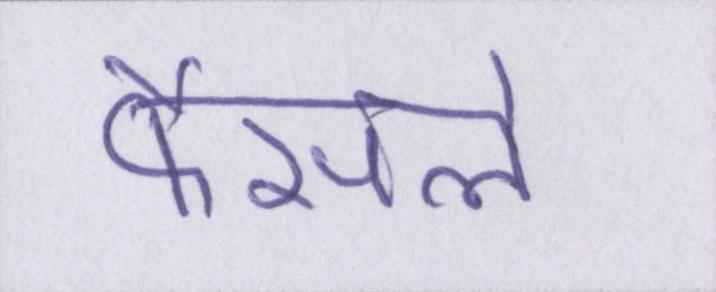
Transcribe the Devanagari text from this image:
फैसले